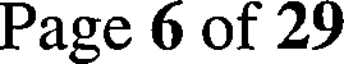
Page 6 of 29